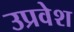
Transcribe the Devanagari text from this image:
उप्रवेश